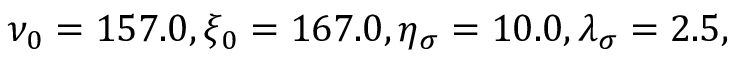
\nu _ { 0 } = 1 5 7 . 0 , \xi _ { 0 } = 1 6 7 . 0 , \eta _ { \sigma } = 1 0 . 0 , \lambda _ { \sigma } = 2 . 5 ,